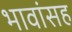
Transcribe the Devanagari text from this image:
भावांसह